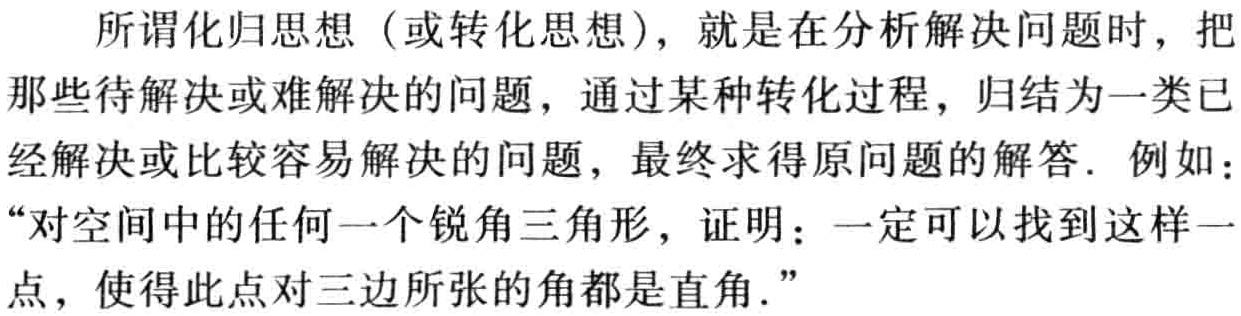
所谓化归思想（或转化思想），就是在分析解决问题时，把那些待解决或难解决的问题，通过某种转化过程，归结为一类已经解决或比较容易解决的问题，最终求得原问题的解答. 例如：“对空间中的任何一个锐角三角形，证明：一定可以找到这样一点，使得此点对三边所张的角都是直角.”